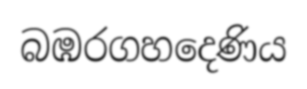
බඹරගහදෙණිය